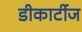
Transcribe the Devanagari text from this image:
डीकार्टीज